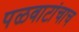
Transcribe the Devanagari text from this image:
पळवाटांचाच